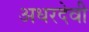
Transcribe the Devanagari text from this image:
अधरदेवी